Epidemic dropsy in Calcutta - Number 49
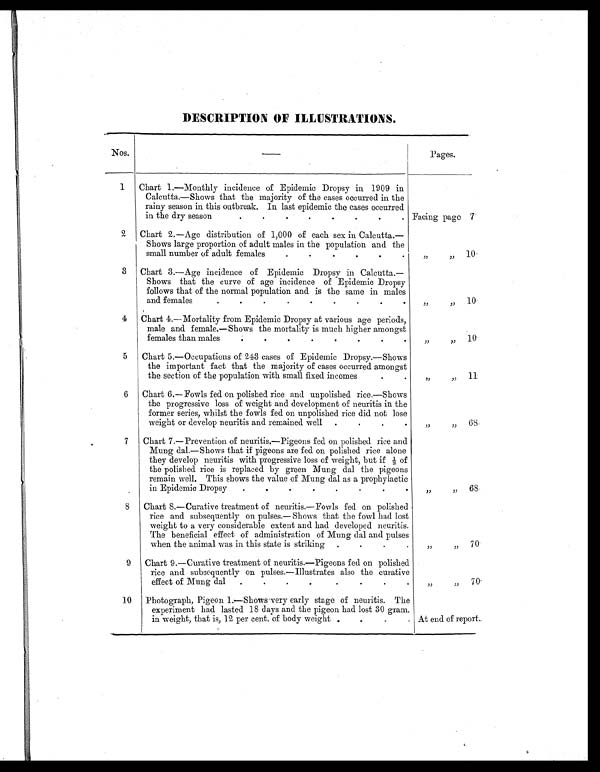
DESCRIPTION OF ILLUSTRATIONS.
Nos. —
Pages.
1
Chart 1.—Monthly incidence of Epidemic Dropsy in 1909 in
Calcutta.—Shows that the majority of the cases occurred in the
rainy season in this outbreak. In last epidemic the cases occurred
in the dry season
.
.
.
.
.
.
.
. Facing page 7
2
Chart 2.—Age distribution of 1,000 of each sex in Calcutta.—
Shows large proportion of adult males in the population and the
small number of adult females
.
.
.
.
.
„
„
1 0
3 Chart 3.—Age incidence of Epidemic Dropsy in Calcutta.—
Shows that the curve of age incidence of Epidemic Dropsy
follows that of the normal population and is the same in males
and females
.
.
.
.
.
.
.
.
.
„
„ 10
4
Chart 4.—Mortality from Epidemic Dropsy at various age periods,
male and female.—Shows the mortality is much higher amongst
.
females than males
.
.
.
.
.
.
.
.
„
„ 10
5
Chart 5.—Occupations of 243 cases of Epidemic Dropsy.—Shows
the important fact that the majority of cases occurred amongst
the section of the population with small fixed incomes
.
.
„
„ 11
6
Chart 6.— Fowls fed on polished rice and unpolished rice.—Shows
the progressive loss of weight and development of neuritis in the
former series, whilst the fowls fed on unpolished rice did not lose
weight or develop neuritis and remained well
. .
.
.
„
„ 68
7
Chart 7.—Prevention of neuritis.—Pigeons fed on polished rice and
Mung dal.—Shows that if pigeons are fed on polished rice alone
they develop neuritis with progressive loss of weight, but if 1/3 of
the polished rice is replaced by green Mung dal the pigeons
remain well. This shows the value of Mung dal as a prophylactic
in Epidemic Dropsy
.
.
.
.
.
.
.
.
„
„ 68
8
Chart 8.—Curative treatment of neuritis.—Fowls fed on polished
rice and subsequently on pulses.— Shows that the fowl had lost
weight to a very considerable extent and had developed neuritis.
The beneficial effect of administration of Mung dal and pulses
when the animal was in this state is striking
.
.
.
.
„
„70
9
Chart 9.—Curative treatment of neuritis.—Pigeons fed on polished
rice and subsequently on pulses.—Illustrates also the curative
effect of Mung dal
.
.
.
.
.
.
.
.
„
„ 70
10
Photograph, Pigeon 1.—Shows very early stage of neuritis. The
experiment had lasted 18 days and the pigeon had lost 30 gram.
in weight, that is, 12 per cent. of body weight
. .
.
. At end of report.